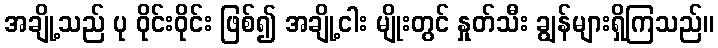
အချို့သည် ပု ဝိုင်းဝိုင်း ဖြစ်၍ အချို့ငါး မျိုးတွင် နှုတ်သီး ချွန်များရှိကြသည်။